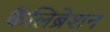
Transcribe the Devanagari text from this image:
कैलिब्रेशन